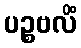
ပဉ္စဗလိံ